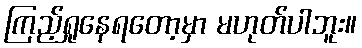
ကြည့်ရှုနေရတော့မှာ မဟုတ်ပါဘူး။